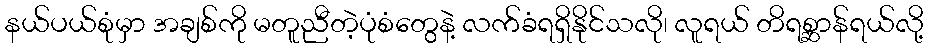
နယ်ပယ်စုံမှာ အချစ်ကို မတူညီတဲ့ပုံစံတွေနဲ့ လက်ခံရရှိနိုင်သလို၊ လူရယ် တိရစ္ဆာန်ရယ်လို့